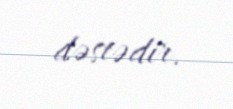
dəstədir.